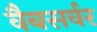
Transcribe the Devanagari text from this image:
वैबसर्वर